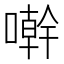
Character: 𠿨